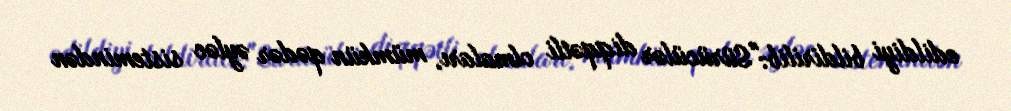
edildiyi bildirilib:"Sürücülər diqqətli olmaları, mümkün qədər əyləc sistemindən